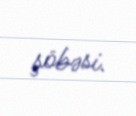
şöbəsi.